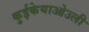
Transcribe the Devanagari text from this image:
कुईकेयाओउली